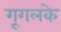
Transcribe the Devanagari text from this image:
गूगलके